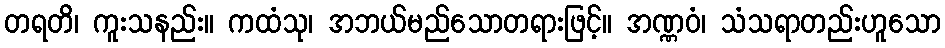
တရတိ၊ ကူးသနည်း။ ကထံသု၊ အဘယ်မည်သောတရားဖြင့်။ အဏ္ဏဝံ၊ သံသရာတည်းဟူသော